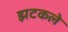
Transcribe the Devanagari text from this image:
झटकले